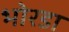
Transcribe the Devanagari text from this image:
भोरडा